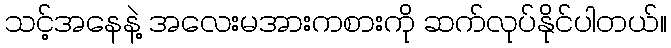
သင့်အနေနဲ့ အလေးမအားကစားကို ဆက်လုပ်နိုင်ပါတယ်။